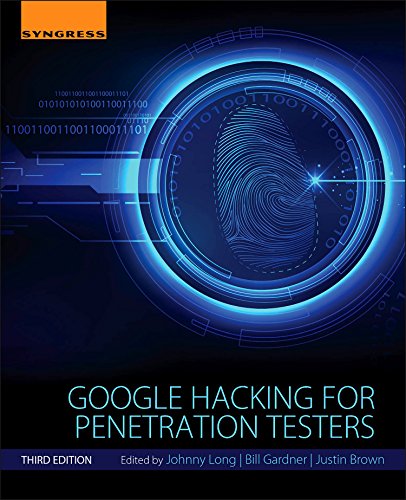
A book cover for Google Hacking for Penetration Testers, Third Edition, Second Edition; Johnny Long; Computers & Technology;